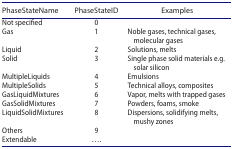
| PhaseStateName | PhaseStateID | Examples |
 | --- | --- | --- |
 | Not specified | 0 |  |
 | Gas | 1 | Noble gases, technical gases, molecular gases |
 | Liquid | 2 | Solutions, melts |
 | Solid | 3 | Single phase solid materials e.g. solar silicon |
 | MultipleLiquids | 4 | Emulsions |
 | MultipleSolids | 5 | Technical alloys, composites |
 | GasLiquidMixtures | 6 | Vapor, melts with trapped gases |
 | GasSolidMixtures | 7 | Powders, foams, smoke |
 | LiquidSolidMixtures | 8 | Dispersions, solidifying melts, mushy zones |
 | Others | 9 |  |
 | Extendable | .... |  |